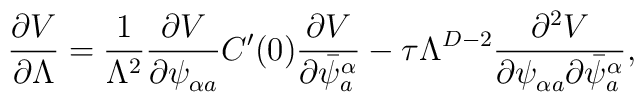
\frac{\partial V}{\partial \Lambda}=\frac{1}{\Lambda^{2}}\frac{\partial V}{\partial\psi^{\phantom{a}}_{\alpha a}}C^{\prime}(0)\frac{\partial V}{\partial\bar{\psi}_{a}^{\alpha}}-\tau\Lambda^{D-2}\frac{\partial^{2}V}{\partial\psi^{\phantom{a}}_{\alpha a}\partial\bar{\psi}_{a}^{\alpha}},